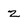
Character: z